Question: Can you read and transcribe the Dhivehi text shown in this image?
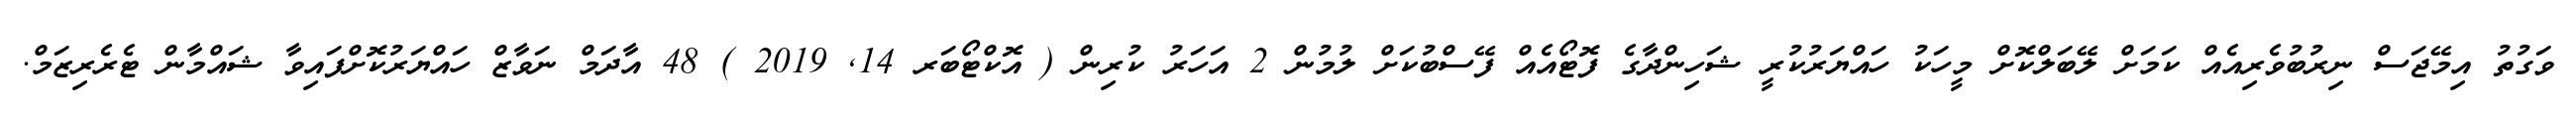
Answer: ވަގުތު އިމޭޖަސް ނިރުބުވެރިއެއް ކަމަށް ލޭބަލްކޮށް މީހަކު ހައްޔަރުކުރީ ޝަހިންދާގެ ފޮޓޯއެއް ފޭސްބުކަށް ލުމުން 2 އަހަރު ކުރިން ( އޮކްޓޯބަރ 14, 2019 ) 48 އާދަމް ނަވާޒް ހައްޔަރުކޮށްފައިވާ ޝައްމާން ޓެރެރިޒަމް.